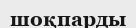
шоқпарды